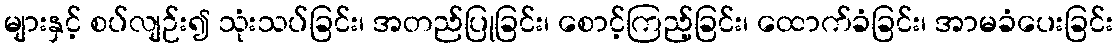
များနှင့် စပ်လျဉ်း၍ သုံးသပ်ခြင်း၊ အတည်ပြုခြင်း၊ စောင့်ကြည့်ခြင်း၊ ထောက်ခံခြင်း၊ အာမခံပေးခြင်း